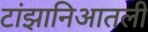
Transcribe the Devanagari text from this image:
टांझानिआतली